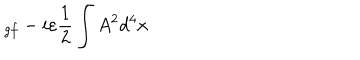
_ { g f } - i \varepsilon \frac { 1 } { 2 } \int A ^ { 2 } d ^ { 4 } x